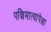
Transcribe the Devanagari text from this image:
पश्चिमात्यांपेक्षा